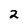
Character: 2